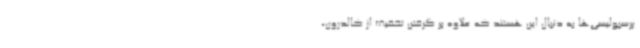
پرسپولیسی‌ها به دنبال این هستند که علاوه بر گرفتن تخفیف از کالدرون،